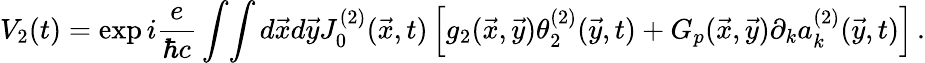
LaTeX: V_{2}(t)=\exp i{\frac{e}{\hbar c}}\int\! \int d\vec{x}d\vec{y}J_{0}^{(2)}(\vec{x},t)\left[g_{2}(\vec{x},\vec{y}){\theta_{2}^{(2)}(\vec{y},t)}+G_{p}(\vec{x},\vec{y})\partial_{k}a_{k}^{(2)}(\vec{y},t)\right]\, .